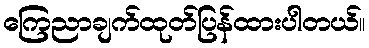
ကြေညာချက်ထုတ်ပြန်ထားပါတယ်။